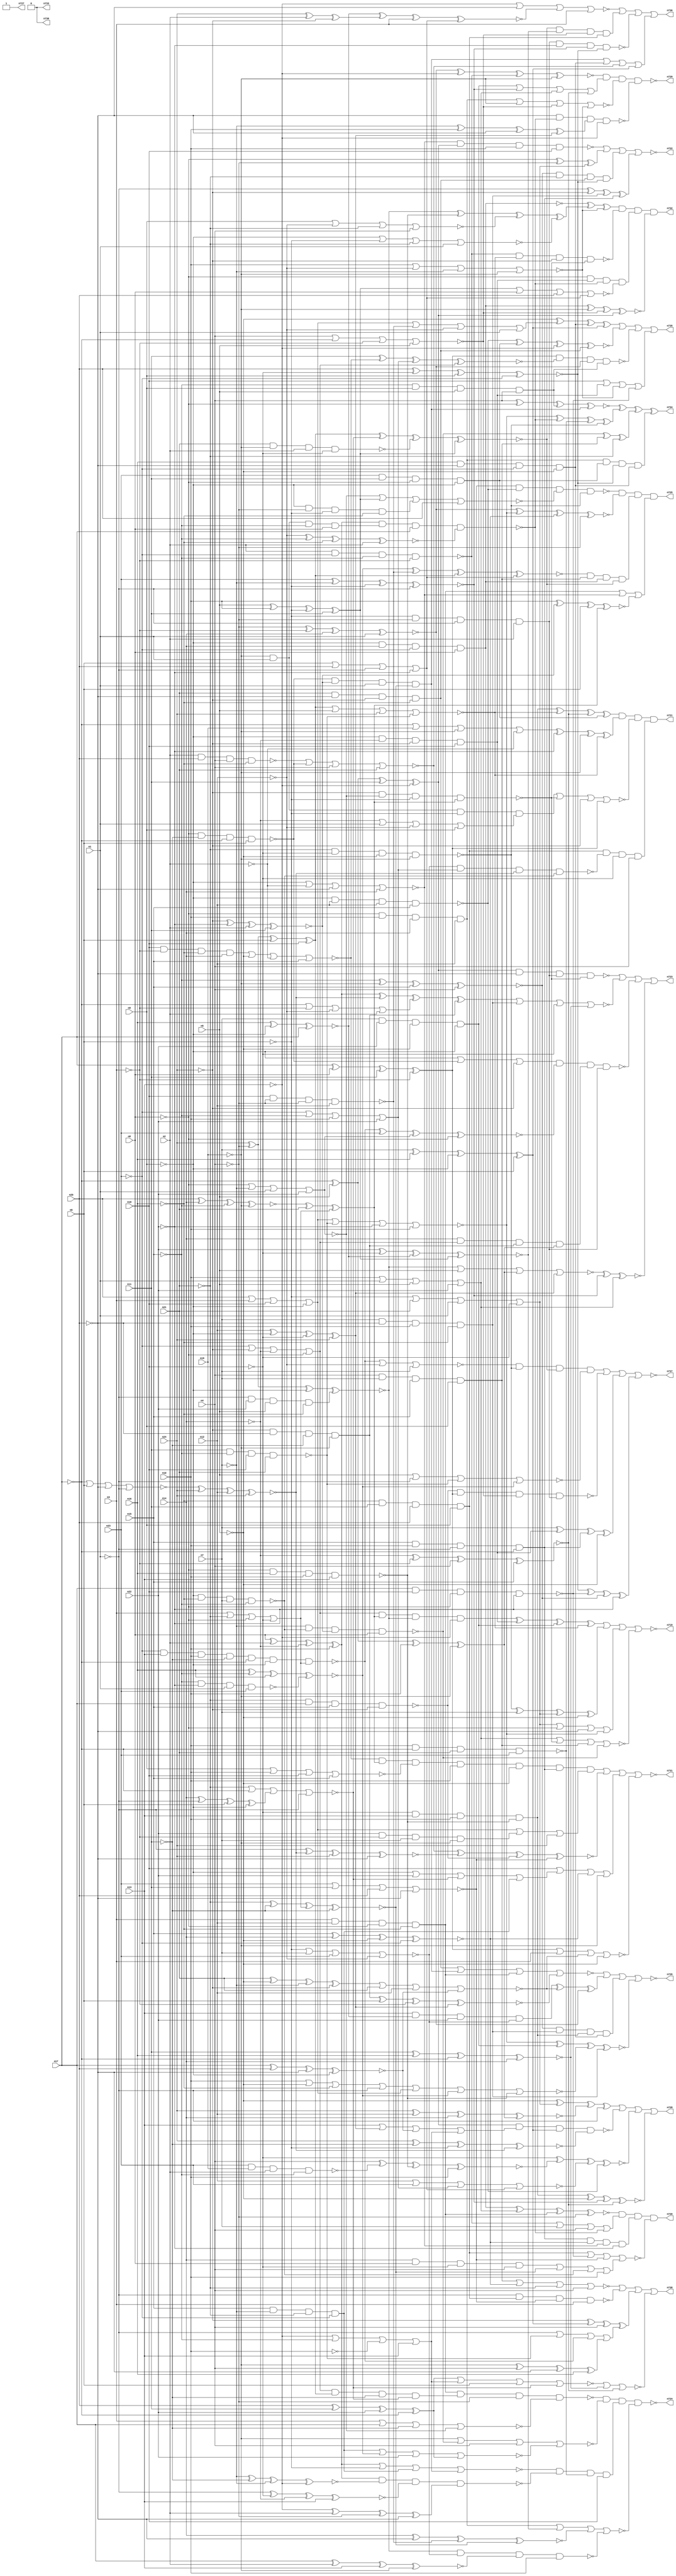
// Benchmark C:\Users\Lucas Nestor\Documents\osu\sp21\esl\circuit_generation\Stats\5_24_randomized_params\Stat_714_926 written by SynthGen on 2021/05/24 19:48:29
module Stat_714_926( n1, n2, n3, n4, n5, n6, n7, n8,
 n9, n10, n11, n12, n13, n14, n15, n16,
 n17, n18, n19, n20, n21, n22, n23, n24,
 n737, n723, n732, n729, n730, n736, n725, n728,
 n738, n726, n722, n727, n719, n724, n734, n731,
 n720, n733, n735, n721);

input n1, n2, n3, n4, n5, n6, n7, n8,
 n9, n10, n11, n12, n13, n14, n15, n16,
 n17, n18, n19, n20, n21, n22, n23, n24;

output n737, n723, n732, n729, n730, n736, n725, n728,
 n738, n726, n722, n727, n719, n724, n734, n731,
 n720, n733, n735, n721;

wire n25, n26, n27, n28, n29, n30, n31, n32,
 n33, n34, n35, n36, n37, n38, n39, n40,
 n41, n42, n43, n44, n45, n46, n47, n48,
 n49, n50, n51, n52, n53, n54, n55, n56,
 n57, n58, n59, n60, n61, n62, n63, n64,
 n65, n66, n67, n68, n69, n70, n71, n72,
 n73, n74, n75, n76, n77, n78, n79, n80,
 n81, n82, n83, n84, n85, n86, n87, n88,
 n89, n90, n91, n92, n93, n94, n95, n96,
 n97, n98, n99, n100, n101, n102, n103, n104,
 n105, n106, n107, n108, n109, n110, n111, n112,
 n113, n114, n115, n116, n117, n118, n119, n120,
 n121, n122, n123, n124, n125, n126, n127, n128,
 n129, n130, n131, n132, n133, n134, n135, n136,
 n137, n138, n139, n140, n141, n142, n143, n144,
 n145, n146, n147, n148, n149, n150, n151, n152,
 n153, n154, n155, n156, n157, n158, n159, n160,
 n161, n162, n163, n164, n165, n166, n167, n168,
 n169, n170, n171, n172, n173, n174, n175, n176,
 n177, n178, n179, n180, n181, n182, n183, n184,
 n185, n186, n187, n188, n189, n190, n191, n192,
 n193, n194, n195, n196, n197, n198, n199, n200,
 n201, n202, n203, n204, n205, n206, n207, n208,
 n209, n210, n211, n212, n213, n214, n215, n216,
 n217, n218, n219, n220, n221, n222, n223, n224,
 n225, n226, n227, n228, n229, n230, n231, n232,
 n233, n234, n235, n236, n237, n238, n239, n240,
 n241, n242, n243, n244, n245, n246, n247, n248,
 n249, n250, n251, n252, n253, n254, n255, n256,
 n257, n258, n259, n260, n261, n262, n263, n264,
 n265, n266, n267, n268, n269, n270, n271, n272,
 n273, n274, n275, n276, n277, n278, n279, n280,
 n281, n282, n283, n284, n285, n286, n287, n288,
 n289, n290, n291, n292, n293, n294, n295, n296,
 n297, n298, n299, n300, n301, n302, n303, n304,
 n305, n306, n307, n308, n309, n310, n311, n312,
 n313, n314, n315, n316, n317, n318, n319, n320,
 n321, n322, n323, n324, n325, n326, n327, n328,
 n329, n330, n331, n332, n333, n334, n335, n336,
 n337, n338, n339, n340, n341, n342, n343, n344,
 n345, n346, n347, n348, n349, n350, n351, n352,
 n353, n354, n355, n356, n357, n358, n359, n360,
 n361, n362, n363, n364, n365, n366, n367, n368,
 n369, n370, n371, n372, n373, n374, n375, n376,
 n377, n378, n379, n380, n381, n382, n383, n384,
 n385, n386, n387, n388, n389, n390, n391, n392,
 n393, n394, n395, n396, n397, n398, n399, n400,
 n401, n402, n403, n404, n405, n406, n407, n408,
 n409, n410, n411, n412, n413, n414, n415, n416,
 n417, n418, n419, n420, n421, n422, n423, n424,
 n425, n426, n427, n428, n429, n430, n431, n432,
 n433, n434, n435, n436, n437, n438, n439, n440,
 n441, n442, n443, n444, n445, n446, n447, n448,
 n449, n450, n451, n452, n453, n454, n455, n456,
 n457, n458, n459, n460, n461, n462, n463, n464,
 n465, n466, n467, n468, n469, n470, n471, n472,
 n473, n474, n475, n476, n477, n478, n479, n480,
 n481, n482, n483, n484, n485, n486, n487, n488,
 n489, n490, n491, n492, n493, n494, n495, n496,
 n497, n498, n499, n500, n501, n502, n503, n504,
 n505, n506, n507, n508, n509, n510, n511, n512,
 n513, n514, n515, n516, n517, n518, n519, n520,
 n521, n522, n523, n524, n525, n526, n527, n528,
 n529, n530, n531, n532, n533, n534, n535, n536,
 n537, n538, n539, n540, n541, n542, n543, n544,
 n545, n546, n547, n548, n549, n550, n551, n552,
 n553, n554, n555, n556, n557, n558, n559, n560,
 n561, n562, n563, n564, n565, n566, n567, n568,
 n569, n570, n571, n572, n573, n574, n575, n576,
 n577, n578, n579, n580, n581, n582, n583, n584,
 n585, n586, n587, n588, n589, n590, n591, n592,
 n593, n594, n595, n596, n597, n598, n599, n600,
 n601, n602, n603, n604, n605, n606, n607, n608,
 n609, n610, n611, n612, n613, n614, n615, n616,
 n617, n618, n619, n620, n621, n622, n623, n624,
 n625, n626, n627, n628, n629, n630, n631, n632,
 n633, n634, n635, n636, n637, n638, n639, n640,
 n641, n642, n643, n644, n645, n646, n647, n648,
 n649, n650, n651, n652, n653, n654, n655, n656,
 n657, n658, n659, n660, n661, n662, n663, n664,
 n665, n666, n667, n668, n669, n670, n671, n672,
 n673, n674, n675, n676, n677, n678, n679, n680,
 n681, n682, n683, n684, n685, n686, n687, n688,
 n689, n690, n691, n692, n693, n694, n695, n696,
 n697, n698, n699, n700, n701, n702, n703, n704,
 n705, n706, n707, n708, n709, n710, n711, n712,
 n713, n714, n715, n716, n717, n718;

buf  g0 (n70, n6);
not  g1 (n77, n7);
not  g2 (n29, n21);
not  g3 (n75, n13);
not  g4 (n74, n15);
not  g5 (n67, n20);
not  g6 (n81, n17);
buf  g7 (n97, n2);
not  g8 (n108, n23);
not  g9 (n36, n13);
buf  g10 (n31, n15);
buf  g11 (n58, n1);
buf  g12 (n27, n24);
buf  g13 (n51, n4);
buf  g14 (n88, n16);
buf  g15 (n47, n11);
not  g16 (n102, n23);
not  g17 (n53, n8);
buf  g18 (n99, n8);
buf  g19 (n25, n12);
buf  g20 (n32, n24);
not  g21 (n64, n12);
not  g22 (n57, n12);
not  g23 (n68, n19);
buf  g24 (n37, n5);
not  g25 (n69, n8);
not  g26 (n43, n22);
not  g27 (n95, n15);
buf  g28 (n72, n9);
not  g29 (n33, n17);
buf  g30 (n120, n5);
buf  g31 (n52, n6);
not  g32 (n54, n24);
not  g33 (n92, n18);
not  g34 (n84, n6);
not  g35 (n46, n23);
not  g36 (n79, n17);
not  g37 (n44, n24);
not  g38 (n96, n21);
not  g39 (n65, n9);
buf  g40 (n61, n18);
buf  g41 (n90, n2);
not  g42 (n60, n12);
not  g43 (n93, n8);
buf  g44 (n100, n9);
buf  g45 (n35, n16);
buf  g46 (n91, n20);
buf  g47 (n101, n2);
not  g48 (n113, n3);
buf  g49 (n116, n22);
buf  g50 (n98, n14);
buf  g51 (n63, n14);
buf  g52 (n111, n10);
not  g53 (n112, n19);
not  g54 (n45, n14);
buf  g55 (n56, n20);
buf  g56 (n87, n4);
not  g57 (n26, n11);
not  g58 (n83, n17);
not  g59 (n59, n18);
not  g60 (n86, n16);
buf  g61 (n109, n7);
buf  g62 (n39, n1);
buf  g63 (n62, n16);
not  g64 (n42, n20);
not  g65 (n55, n11);
not  g66 (n71, n4);
not  g67 (n118, n1);
not  g68 (n80, n4);
not  g69 (n103, n9);
not  g70 (n119, n14);
buf  g71 (n50, n22);
not  g72 (n104, n19);
buf  g73 (n34, n21);
not  g74 (n28, n3);
buf  g75 (n41, n10);
buf  g76 (n106, n2);
buf  g77 (n76, n10);
not  g78 (n117, n5);
buf  g79 (n82, n6);
not  g80 (n66, n18);
not  g81 (n30, n1);
not  g82 (n38, n15);
not  g83 (n89, n22);
not  g84 (n107, n19);
not  g85 (n78, n23);
not  g86 (n105, n7);
buf  g87 (n40, n13);
buf  g88 (n73, n7);
not  g89 (n110, n3);
buf  g90 (n49, n21);
buf  g91 (n94, n10);
buf  g92 (n48, n3);
buf  g93 (n115, n11);
buf  g94 (n85, n13);
buf  g95 (n114, n5);
not  g96 (n277, n25);
not  g97 (n162, n29);
buf  g98 (n266, n32);
buf  g99 (n335, n82);
not  g100 (n329, n82);
not  g101 (n275, n84);
not  g102 (n281, n32);
not  g103 (n200, n66);
buf  g104 (n150, n88);
buf  g105 (n336, n55);
not  g106 (n367, n44);
buf  g107 (n261, n70);
buf  g108 (n310, n64);
not  g109 (n282, n48);
not  g110 (n229, n84);
buf  g111 (n274, n70);
not  g112 (n377, n67);
buf  g113 (n273, n91);
not  g114 (n147, n51);
not  g115 (n173, n52);
not  g116 (n340, n73);
buf  g117 (n136, n45);
not  g118 (n214, n25);
not  g119 (n215, n39);
buf  g120 (n308, n30);
buf  g121 (n125, n84);
not  g122 (n148, n44);
buf  g123 (n267, n47);
buf  g124 (n381, n60);
buf  g125 (n145, n44);
not  g126 (n351, n82);
not  g127 (n204, n90);
buf  g128 (n184, n89);
not  g129 (n300, n79);
not  g130 (n211, n86);
not  g131 (n166, n57);
not  g132 (n255, n79);
buf  g133 (n197, n55);
buf  g134 (n155, n28);
buf  g135 (n302, n26);
not  g136 (n223, n77);
not  g137 (n356, n55);
buf  g138 (n143, n37);
not  g139 (n347, n52);
not  g140 (n203, n25);
not  g141 (n238, n73);
buf  g142 (n318, n32);
buf  g143 (n176, n75);
buf  g144 (n387, n54);
buf  g145 (n354, n73);
buf  g146 (n328, n62);
not  g147 (n359, n69);
not  g148 (n361, n67);
buf  g149 (n137, n41);
buf  g150 (n209, n75);
buf  g151 (n231, n85);
buf  g152 (n168, n68);
not  g153 (n331, n77);
buf  g154 (n196, n31);
not  g155 (n224, n72);
buf  g156 (n139, n58);
buf  g157 (n126, n38);
buf  g158 (n257, n60);
buf  g159 (n260, n67);
buf  g160 (n364, n87);
buf  g161 (n258, n81);
buf  g162 (n218, n78);
not  g163 (n183, n65);
not  g164 (n297, n85);
buf  g165 (n368, n58);
buf  g166 (n309, n61);
not  g167 (n380, n50);
not  g168 (n191, n82);
buf  g169 (n227, n30);
buf  g170 (n181, n45);
not  g171 (n252, n68);
buf  g172 (n262, n48);
not  g173 (n271, n43);
not  g174 (n212, n41);
buf  g175 (n159, n49);
not  g176 (n226, n35);
buf  g177 (n130, n34);
buf  g178 (n341, n76);
buf  g179 (n251, n83);
buf  g180 (n121, n38);
not  g181 (n350, n36);
not  g182 (n192, n43);
buf  g183 (n317, n80);
not  g184 (n369, n88);
not  g185 (n259, n62);
not  g186 (n312, n49);
not  g187 (n299, n47);
buf  g188 (n217, n51);
not  g189 (n272, n58);
not  g190 (n342, n85);
not  g191 (n264, n43);
buf  g192 (n338, n59);
not  g193 (n301, n31);
buf  g194 (n248, n50);
not  g195 (n175, n61);
buf  g196 (n287, n83);
buf  g197 (n314, n25);
not  g198 (n236, n54);
not  g199 (n245, n91);
not  g200 (n144, n39);
not  g201 (n346, n27);
buf  g202 (n169, n57);
buf  g203 (n378, n48);
buf  g204 (n213, n26);
buf  g205 (n131, n30);
buf  g206 (n208, n55);
buf  g207 (n325, n56);
buf  g208 (n194, n86);
not  g209 (n138, n81);
buf  g210 (n122, n69);
buf  g211 (n298, n61);
not  g212 (n244, n89);
buf  g213 (n253, n66);
buf  g214 (n289, n50);
buf  g215 (n305, n65);
buf  g216 (n296, n67);
buf  g217 (n134, n78);
not  g218 (n201, n46);
not  g219 (n124, n77);
not  g220 (n280, n31);
not  g221 (n243, n63);
buf  g222 (n307, n27);
not  g223 (n156, n45);
not  g224 (n132, n42);
not  g225 (n177, n46);
not  g226 (n355, n75);
buf  g227 (n286, n51);
not  g228 (n372, n29);
buf  g229 (n185, n53);
not  g230 (n163, n77);
buf  g231 (n241, n59);
not  g232 (n188, n60);
buf  g233 (n327, n41);
buf  g234 (n311, n80);
not  g235 (n158, n74);
not  g236 (n189, n49);
buf  g237 (n193, n38);
not  g238 (n283, n40);
not  g239 (n278, n32);
buf  g240 (n199, n26);
buf  g241 (n270, n29);
buf  g242 (n288, n76);
not  g243 (n379, n69);
buf  g244 (n357, n85);
buf  g245 (n216, n56);
not  g246 (n178, n45);
buf  g247 (n190, n48);
buf  g248 (n382, n68);
buf  g249 (n157, n72);
not  g250 (n313, n36);
buf  g251 (n320, n33);
buf  g252 (n250, n63);
not  g253 (n172, n71);
buf  g254 (n316, n35);
buf  g255 (n146, n56);
buf  g256 (n123, n74);
not  g257 (n222, n78);
not  g258 (n337, n79);
not  g259 (n174, n71);
buf  g260 (n263, n49);
not  g261 (n234, n71);
buf  g262 (n374, n76);
not  g263 (n149, n61);
not  g264 (n291, n28);
not  g265 (n319, n76);
buf  g266 (n386, n75);
not  g267 (n165, n27);
buf  g268 (n202, n78);
buf  g269 (n240, n63);
buf  g270 (n339, n52);
not  g271 (n304, n74);
buf  g272 (n256, n80);
buf  g273 (n242, n40);
not  g274 (n269, n70);
buf  g275 (n323, n34);
buf  g276 (n153, n74);
buf  g277 (n207, n81);
buf  g278 (n161, n81);
buf  g279 (n206, n43);
not  g280 (n167, n90);
not  g281 (n141, n83);
buf  g282 (n294, n71);
not  g283 (n362, n90);
not  g284 (n330, n46);
buf  g285 (n230, n34);
buf  g286 (n284, n83);
not  g287 (n179, n89);
not  g288 (n268, n86);
not  g289 (n365, n31);
buf  g290 (n233, n58);
not  g291 (n247, n91);
buf  g292 (n290, n53);
not  g293 (n324, n57);
not  g294 (n127, n59);
not  g295 (n135, n72);
buf  g296 (n315, n53);
buf  g297 (n142, n62);
not  g298 (n170, n26);
not  g299 (n128, n65);
buf  g300 (n344, n66);
not  g301 (n363, n84);
buf  g302 (n187, n33);
not  g303 (n348, n88);
not  g304 (n205, n64);
not  g305 (n343, n42);
buf  g306 (n221, n47);
buf  g307 (n151, n80);
not  g308 (n182, n44);
buf  g309 (n293, n62);
buf  g310 (n322, n35);
not  g311 (n360, n68);
not  g312 (n326, n34);
not  g313 (n152, n72);
buf  g314 (n385, n41);
buf  g315 (n285, n69);
buf  g316 (n129, n91);
not  g317 (n160, n36);
not  g318 (n220, n90);
not  g319 (n180, n29);
buf  g320 (n249, n86);
buf  g321 (n333, n40);
not  g322 (n358, n46);
not  g323 (n388, n39);
buf  g324 (n210, n87);
not  g325 (n334, n37);
not  g326 (n375, n50);
buf  g327 (n198, n42);
buf  g328 (n265, n87);
buf  g329 (n292, n38);
buf  g330 (n371, n39);
buf  g331 (n154, n65);
buf  g332 (n352, n40);
not  g333 (n140, n89);
not  g334 (n171, n63);
not  g335 (n237, n64);
not  g336 (n246, n30);
buf  g337 (n276, n52);
not  g338 (n332, n54);
not  g339 (n254, n60);
not  g340 (n321, n79);
buf  g341 (n232, n37);
buf  g342 (n345, n57);
buf  g343 (n133, n47);
buf  g344 (n303, n27);
buf  g345 (n353, n70);
not  g346 (n225, n28);
buf  g347 (n235, n36);
buf  g348 (n195, n73);
buf  g349 (n164, n37);
not  g350 (n228, n53);
buf  g351 (n370, n87);
not  g352 (n383, n56);
buf  g353 (n306, n33);
not  g354 (n295, n51);
buf  g355 (n279, n35);
buf  g356 (n366, n28);
not  g357 (n384, n64);
buf  g358 (n373, n59);
not  g359 (n219, n42);
buf  g360 (n239, n33);
buf  g361 (n349, n54);
buf  g362 (n376, n66);
buf  g363 (n186, n88);
buf  g364 (n417, n139);
buf  g365 (n420, n123);
buf  g366 (n407, n147);
not  g367 (n390, n144);
not  g368 (n410, n142);
not  g369 (n396, n143);
buf  g370 (n404, n127);
buf  g371 (n403, n152);
not  g372 (n415, n121);
not  g373 (n394, n135);
buf  g374 (n401, n122);
buf  g375 (n414, n137);
not  g376 (n397, n140);
not  g377 (n406, n132);
not  g378 (n411, n148);
not  g379 (n391, n128);
buf  g380 (n413, n130);
buf  g381 (n416, n145);
buf  g382 (n399, n141);
not  g383 (n408, n146);
buf  g384 (n419, n125);
not  g385 (n395, n138);
buf  g386 (n393, n149);
not  g387 (n412, n124);
not  g388 (n409, n134);
buf  g389 (n405, n129);
buf  g390 (n392, n133);
not  g391 (n400, n150);
not  g392 (n389, n136);
not  g393 (n398, n126);
not  g394 (n418, n151);
buf  g395 (n402, n131);
buf  g396 (n460, n284);
buf  g397 (n494, n192);
not  g398 (n445, n227);
buf  g399 (n535, n396);
buf  g400 (n424, n406);
buf  g401 (n509, n93);
buf  g402 (n469, n116);
buf  g403 (n435, n222);
not  g404 (n439, n259);
not  g405 (n493, n212);
buf  g406 (n461, n399);
not  g407 (n443, n113);
buf  g408 (n454, n93);
buf  g409 (n475, n402);
not  g410 (n449, n394);
buf  g411 (n527, n117);
buf  g412 (n524, n397);
not  g413 (n426, n220);
not  g414 (n513, n92);
buf  g415 (n458, n413);
not  g416 (n496, n110);
buf  g417 (n536, n406);
not  g418 (n511, n238);
not  g419 (n456, n109);
buf  g420 (n546, n168);
buf  g421 (n421, n92);
buf  g422 (n491, n191);
not  g423 (n514, n162);
buf  g424 (n450, n391);
not  g425 (n451, n165);
buf  g426 (n470, n236);
buf  g427 (n533, n265);
buf  g428 (n504, n184);
not  g429 (n545, n407);
buf  g430 (n505, n393);
not  g431 (n486, n281);
buf  g432 (n464, n116);
buf  g433 (n429, n100);
buf  g434 (n482, n250);
buf  g435 (n436, n411);
not  g436 (n489, n392);
not  g437 (n540, n418);
not  g438 (n453, n190);
buf  g439 (n518, n104);
xor  g440 (n471, n182, n97, n411);
and  g441 (n532, n230, n408, n411, n400);
xnor g442 (n547, n201, n105, n419, n402);
xor  g443 (n487, n99, n101, n119, n414);
xnor g444 (n481, n416, n206, n101, n392);
or   g445 (n444, n414, n117, n226, n118);
xnor g446 (n506, n171, n110, n217, n398);
xor  g447 (n526, n163, n211, n403, n274);
xor  g448 (n483, n237, n391, n241, n266);
xor  g449 (n522, n399, n228, n221, n110);
xor  g450 (n485, n405, n115, n116, n395);
and  g451 (n432, n102, n160, n94, n208);
xnor g452 (n497, n158, n98, n117, n108);
and  g453 (n541, n391, n389, n108, n99);
nor  g454 (n521, n234, n251, n155, n120);
xnor g455 (n447, n105, n197, n412, n176);
nor  g456 (n437, n100, n94, n404, n398);
xor  g457 (n442, n413, n396, n412, n416);
and  g458 (n534, n103, n119, n416, n404);
xor  g459 (n457, n235, n106, n407, n260);
or   g460 (n543, n100, n103, n209, n398);
nand g461 (n448, n409, n252, n106, n95);
or   g462 (n434, n389, n181, n413, n204);
and  g463 (n528, n223, n248, n396, n103);
nand g464 (n519, n189, n393, n117, n112);
and  g465 (n499, n268, n406, n202, n396);
nor  g466 (n517, n409, n267, n405, n408);
or   g467 (n467, n93, n105, n417, n264);
xnor g468 (n423, n98, n118, n229, n103);
and  g469 (n529, n409, n115, n401, n224);
or   g470 (n459, n119, n390, n169, n394);
and  g471 (n428, n95, n397, n233, n177);
xor  g472 (n476, n232, n94, n419, n392);
nor  g473 (n478, n105, n401, n390, n116);
and  g474 (n498, n93, n94, n178, n166);
or   g475 (n488, n108, n420, n111, n271);
or   g476 (n492, n218, n278, n243, n401);
nand g477 (n508, n96, n399, n415, n416);
nand g478 (n422, n404, n110, n400, n156);
or   g479 (n468, n187, n113, n203, n97);
xnor g480 (n542, n407, n282, n389, n390);
or   g481 (n495, n261, n219, n215, n397);
xnor g482 (n544, n115, n186, n258, n389);
and  g483 (n479, n411, n198, n199, n104);
xnor g484 (n441, n118, n253, n119, n242);
nor  g485 (n538, n288, n214, n412, n112);
or   g486 (n512, n111, n417, n114, n179);
and  g487 (n500, n418, n109, n415, n394);
nand g488 (n425, n272, n244, n164, n400);
xnor g489 (n433, n255, n101, n231, n104);
and  g490 (n452, n403, n407, n269, n249);
nand g491 (n466, n106, n405, n210, n194);
nand g492 (n502, n414, n395, n263, n409);
nor  g493 (n438, n183, n277, n96, n418);
nand g494 (n531, n154, n205, n188, n415);
xnor g495 (n430, n216, n98, n95, n107);
nand g496 (n490, n403, n410, n109, n280);
and  g497 (n516, n195, n245, n111, n410);
nor  g498 (n472, n403, n419, n96, n417);
and  g499 (n477, n415, n412, n270, n102);
and  g500 (n548, n262, n254, n401, n400);
and  g501 (n465, n112, n390, n193, n99);
xor  g502 (n474, n239, n114, n414, n112);
xor  g503 (n507, n114, n395, n170, n283);
xnor g504 (n525, n405, n393, n157, n102);
xnor g505 (n446, n257, n420, n410, n106);
nand g506 (n473, n159, n107, n101, n393);
and  g507 (n520, n419, n256, n402, n97);
or   g508 (n427, n225, n96, n290, n92);
and  g509 (n503, n398, n111, n402, n207);
and  g510 (n539, n95, n394, n114, n418);
xor  g511 (n463, n107, n286, n406, n279);
nor  g512 (n440, n408, n395, n102, n246);
nand g513 (n484, n185, n213, n287, n275);
nand g514 (n501, n399, n200, n285, n397);
nand g515 (n515, n97, n108, n420, n113);
or   g516 (n530, n173, n413, n417, n92);
and  g517 (n510, n410, n115, n273, n100);
nor  g518 (n431, n161, n276, n247, n118);
and  g519 (n462, n240, n99, n175, n174);
and  g520 (n455, n289, n113, n109, n107);
nor  g521 (n523, n391, n167, n408, n98);
nand g522 (n480, n392, n153, n404, n180);
xnor g523 (n537, n420, n104, n196, n172);
not  g524 (n555, n424);
not  g525 (n557, n429);
not  g526 (n553, n423);
not  g527 (n552, n426);
not  g528 (n550, n422);
not  g529 (n551, n421);
buf  g530 (n556, n430);
not  g531 (n549, n428);
not  g532 (n554, n425);
buf  g533 (n558, n427);
xnor g534 (n563, n293, n305, n300);
xnor g535 (n569, n326, n299, n558, n302);
nor  g536 (n560, n329, n331, n330, n310);
nor  g537 (n565, n550, n334, n552, n304);
nand g538 (n567, n315, n322, n327, n333);
nor  g539 (n572, n312, n306, n553, n308);
xor  g540 (n574, n556, n323, n558);
nand g541 (n564, n551, n311, n294, n324);
xnor g542 (n573, n321, n555, n296, n557);
xor  g543 (n570, n332, n317, n335, n309);
xnor g544 (n566, n295, n307, n557, n554);
nand g545 (n568, n432, n320, n557, n558);
or   g546 (n571, n325, n291, n298, n557);
or   g547 (n559, n297, n292, n319, n313);
xnor g548 (n561, n431, n318, n314, n303);
xnor g549 (n562, n316, n301, n328, n549);
xnor g550 (n597, n479, n339, n366, n483);
nor  g551 (n586, n477, n562, n494, n485);
xnor g552 (n606, n356, n565, n488, n492);
and  g553 (n599, n492, n570, n489, n572);
or   g554 (n594, n449, n484, n436);
xnor g555 (n590, n367, n489, n491, n561);
nor  g556 (n630, n482, n496, n490, n434);
nand g557 (n602, n487, n447, n441, n457);
nand g558 (n598, n357, n440, n451, n485);
and  g559 (n631, n344, n350, n493, n567);
nor  g560 (n587, n384, n358, n488, n495);
or   g561 (n625, n355, n483, n573, n559);
nor  g562 (n635, n571, n480, n380, n385);
xor  g563 (n592, n349, n453, n559, n384);
xnor g564 (n634, n570, n572, n473, n476);
or   g565 (n575, n450, n464, n572, n477);
xnor g566 (n591, n563, n471, n378, n495);
nor  g567 (n604, n444, n571, n562, n567);
nand g568 (n636, n346, n478, n351, n574);
nand g569 (n622, n560, n488, n561, n490);
xnor g570 (n579, n562, n564, n570, n495);
or   g571 (n578, n475, n480, n568, n463);
or   g572 (n610, n479, n560, n377, n488);
nor  g573 (n637, n570, n120, n470, n480);
xnor g574 (n624, n475, n561, n486, n383);
nor  g575 (n612, n485, n559, n363, n572);
xnor g576 (n607, n364, n448, n567, n385);
and  g577 (n617, n382, n368, n491, n459);
and  g578 (n615, n492, n574, n566, n342);
or   g579 (n588, n462, n569, n490, n493);
xor  g580 (n577, n566, n567, n438, n472);
and  g581 (n638, n484, n481, n371, n569);
nor  g582 (n627, n466, n484, n370, n372);
xor  g583 (n608, n347, n348, n569, n475);
xor  g584 (n583, n456, n341, n383, n483);
nand g585 (n580, n566, n560, n433, n493);
nand g586 (n629, n487, n465, n337, n446);
or   g587 (n595, n494, n375, n573, n477);
nor  g588 (n619, n478, n476, n452, n361);
xnor g589 (n601, n385, n481, n353, n574);
nand g590 (n589, n485, n365, n491, n474);
xnor g591 (n584, n486, n384, n482, n474);
or   g592 (n613, n571, n455, n486);
nor  g593 (n616, n566, n120, n474, n483);
xnor g594 (n585, n482, n383, n564, n569);
or   g595 (n581, n571, n564, n381, n445);
xnor g596 (n614, n376, n383, n494, n565);
nor  g597 (n609, n565, n336, n489, n373);
xnor g598 (n611, n563, n481, n478, n493);
or   g599 (n596, n460, n360, n382, n362);
xor  g600 (n620, n487, n561, n468, n479);
and  g601 (n582, n482, n492, n479, n474);
nor  g602 (n626, n568, n568, n345, n354);
nor  g603 (n623, n487, n491, n477, n559);
xnor g604 (n628, n469, n338, n563, n476);
nor  g605 (n605, n120, n475, n480, n562);
nor  g606 (n633, n442, n458, n384, n573);
nor  g607 (n603, n443, n461, n489, n478);
nand g608 (n632, n340, n490, n481, n359);
nor  g609 (n600, n369, n564, n439, n573);
xnor g610 (n576, n568, n435, n467, n454);
nor  g611 (n593, n476, n379, n343, n495);
and  g612 (n618, n565, n574, n437, n374);
and  g613 (n621, n352, n563, n494, n560);
xor  g614 (n696, n621, n633, n542);
and  g615 (n665, n537, n516, n631, n499);
xor  g616 (n666, n638, n531, n504, n511);
xor  g617 (n647, n519, n511, n530, n527);
and  g618 (n655, n498, n529, n525, n499);
xor  g619 (n639, n527, n530, n584, n388);
nand g620 (n677, n517, n531, n619, n519);
xnor g621 (n669, n541, n512, n548, n540);
xnor g622 (n683, n542, n635, n497, n540);
nand g623 (n694, n523, n507, n385, n513);
xor  g624 (n670, n525, n501, n537, n504);
xnor g625 (n697, n505, n631, n538, n544);
and  g626 (n654, n634, n628, n521, n510);
nor  g627 (n675, n630, n612, n544, n506);
xor  g628 (n678, n387, n526, n545, n578);
nand g629 (n709, n507, n625, n526, n590);
nand g630 (n688, n507, n536, n520, n636);
nor  g631 (n708, n522, n496, n633, n535);
or   g632 (n679, n530, n509, n536, n635);
or   g633 (n652, n513, n534, n538, n501);
or   g634 (n700, n515, n501, n508, n614);
xor  g635 (n644, n615, n534, n528, n637);
and  g636 (n714, n623, n602, n502, n513);
xor  g637 (n650, n535, n581, n499, n526);
xor  g638 (n640, n511, n534, n503, n527);
nor  g639 (n712, n512, n636, n500, n632);
xnor g640 (n692, n630, n616, n547, n512);
nor  g641 (n641, n386, n536, n591, n496);
nor  g642 (n667, n502, n524, n533);
or   g643 (n687, n548, n523, n601, n630);
nand g644 (n660, n508, n522, n521, n520);
or   g645 (n686, n543, n527, n537, n498);
xor  g646 (n681, n596, n524, n546, n637);
nor  g647 (n702, n617, n636, n387, n522);
xor  g648 (n704, n543, n541, n577, n538);
xor  g649 (n685, n635, n629, n502, n519);
and  g650 (n718, n626, n519, n634, n605);
nor  g651 (n707, n498, n628, n585, n580);
nand g652 (n656, n515, n637, n387, n636);
xnor g653 (n662, n542, n386, n515, n518);
nor  g654 (n711, n620, n516, n505, n544);
xnor g655 (n664, n627, n624, n508, n517);
nand g656 (n663, n388, n510, n517, n496);
and  g657 (n649, n539, n388, n632, n528);
or   g658 (n705, n515, n511, n545, n629);
xor  g659 (n710, n509, n540, n530, n630);
xnor g660 (n651, n631, n535, n547, n506);
or   g661 (n716, n528, n547, n512, n506);
xor  g662 (n715, n388, n387, n516, n503);
nand g663 (n691, n522, n606, n542, n539);
xnor g664 (n642, n541, n546, n521, n507);
xnor g665 (n690, n505, n607, n587, n531);
nor  g666 (n698, n532, n638, n548, n597);
and  g667 (n674, n618, n535, n503, n613);
and  g668 (n701, n510, n622, n505, n545);
nand g669 (n661, n548, n599, n540, n603);
xor  g670 (n646, n631, n637, n506, n529);
xnor g671 (n676, n531, n529, n386, n532);
nand g672 (n684, n594, n576, n582, n520);
nor  g673 (n657, n510, n501, n517, n588);
and  g674 (n682, n503, n497, n523, n524);
nor  g675 (n643, n529, n539, n523, n600);
and  g676 (n717, n537, n514, n532, n525);
nor  g677 (n659, n498, n518, n521, n538);
xnor g678 (n703, n545, n509, n539, n638);
or   g679 (n680, n513, n575, n497, n546);
or   g680 (n713, n546, n518, n543, n533);
nor  g681 (n673, n518, n632, n533, n586);
xnor g682 (n706, n635, n528, n604, n516);
nand g683 (n689, n543, n633, n611, n589);
or   g684 (n653, n638, n499, n627, n526);
nand g685 (n648, n532, n508, n609, n610);
and  g686 (n693, n579, n500, n541, n634);
and  g687 (n668, n598, n592, n544, n608);
or   g688 (n645, n504, n502, n595, n634);
nand g689 (n658, n536, n629, n583, n386);
and  g690 (n699, n509, n534, n629, n593);
nand g691 (n672, n520, n504, n547, n525);
nor  g692 (n671, n500, n497, n514, n533);
xor  g693 (n695, n632, n500, n514);
nor  g694 (n731, n674, n664, n680, n708);
xor  g695 (n734, n703, n685, n695, n655);
and  g696 (n732, n704, n656, n699, n642);
nand g697 (n724, n661, n673, n714, n707);
nor  g698 (n726, n698, n696, n665, n706);
nor  g699 (n737, n718, n660, n640, n670);
nor  g700 (n730, n666, n643, n667, n713);
nor  g701 (n733, n689, n645, n668, n697);
nor  g702 (n722, n694, n710, n717, n715);
or   g703 (n738, n671, n663, n678, n675);
or   g704 (n735, n650, n676, n691, n652);
or   g705 (n728, n639, n709, n690, n651);
or   g706 (n723, n688, n711, n684, n692);
nor  g707 (n719, n644, n647, n679, n712);
and  g708 (n720, n669, n705, n682, n657);
or   g709 (n736, n641, n654, n672, n653);
and  g710 (n725, n677, n683, n693, n687);
or   g711 (n727, n686, n648, n649, n700);
and  g712 (n721, n646, n681, n702, n701);
nand g713 (n729, n662, n716, n659, n658);
endmodule